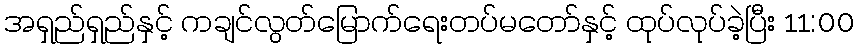
အရှည်ရှည်နှင့် ကချင်လွတ်မြောက်ရေးတပ်မတော်နှင့် ထုပ်လုပ်ခဲ့ပြီး 11:00